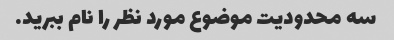
سه محدودیت موضوع مورد نظر را نام ببرید.